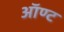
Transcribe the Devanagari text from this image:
ऑण्ट